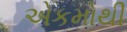
એકમોથી